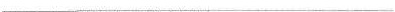
___